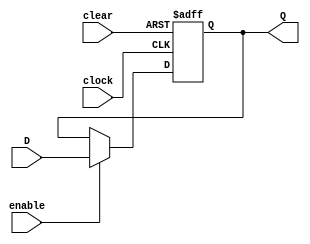
//------------------------------------------------------------------
// Arquivo   : registrador_4.v
// Projeto   : Experiencia 4 - Projeto de uma Unidade de Controle 
//------------------------------------------------------------------
// Descricao : Registrador de 4 bits
//             
//------------------------------------------------------------------
// Revisoes  :
//     Data        Versao  Autor             Descricao
//     14/12/2023  1.0     Edson Midorikawa  versao inicial
//------------------------------------------------------------------
//
module registrador_4 (
    input        clock,
    input        clear,
    input        enable,
    input  [3:0] D,
    output [3:0] Q
);

    reg [3:0] IQ;

    always @(posedge clock or posedge clear) begin
        if (clear)
            IQ <= 0;
        else if (enable)
            IQ <= D;
    end

    assign Q = IQ;

endmodule